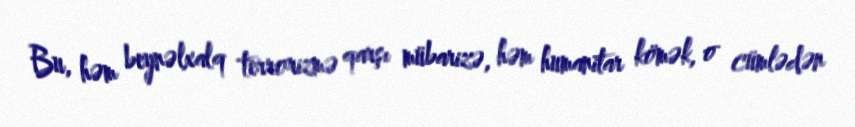
Bu, həm beynəlxalq terrorizmə qarşı mübarizə, həm humanitar kömək, o cümlədən